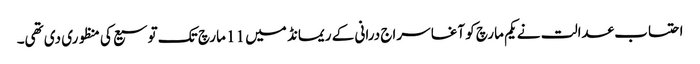
احتساب عدالت نے یکم مارچ کو آغا سراج درانی کے ریمانڈ میں 11 مارچ تک توسیع کی منظوری دی تھی۔